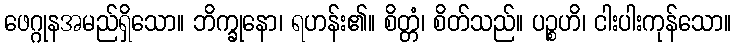
ဖေဂ္ဂုနအမည်ရှိသော။ ဘိက္ခုနော၊ ရဟန်း၏။ စိတ္တံ၊ စိတ်သည်။ ပဉ္စဟိ၊ ငါးပါးကုန်သော။